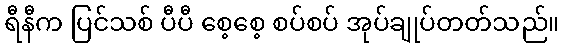
ရီနီက ပြင်သစ် ပီပီ စေ့စေ့ စပ်စပ် အုပ်ချုပ်တတ်သည်။